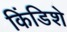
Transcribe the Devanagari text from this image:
किंडिशे